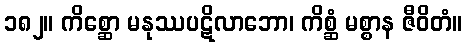
၁၈၂။ ကိစ္ဆော မနုဿပဋိလာဘော၊ ကိစ္ဆံ မစ္စာန ဇီဝိတံ။